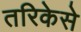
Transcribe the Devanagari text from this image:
तरिकेसे